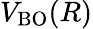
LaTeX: V_{\mathrm{BO}}(R)